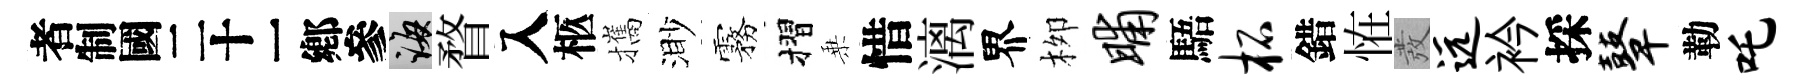
识誨瞀入柩攜渺霧摺乗惜漓界栁晡䮏柘錯恠發远衿採鼙勒吒